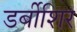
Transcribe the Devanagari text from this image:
डर्बीशिर